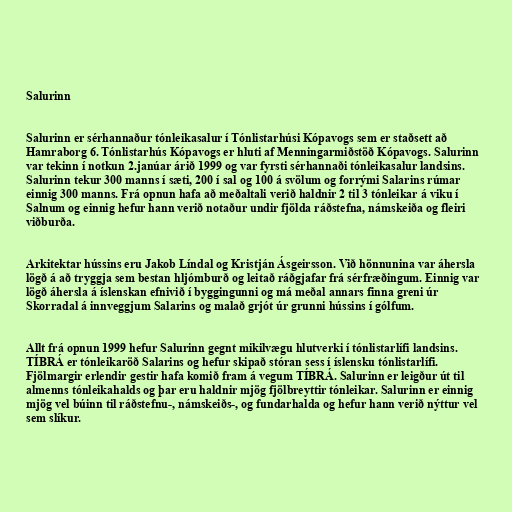
Salurinn

Salurinn er sérhannaður tónleikasalur í Tónlistarhúsi Kópavogs sem er staðsett að
Hamraborg 6. Tónlistarhús Kópavogs er hluti af Menningarmiðstöð Kópavogs. Salurinn
var tekinn í notkun 2.janúar árið 1999 og var fyrsti sérhannaði tónleikasalur landsins.
Salurinn tekur 300 manns í sæti, 200 í sal og 100 á svölum og forrými Salarins rúmar
einnig 300 manns. Frá opnun hafa að meðaltali verið haldnir 2 til 3 tónleikar á viku í
Salnum og einnig hefur hann verið notaður undir fjölda ráðstefna, námskeiða og fleiri
viðburða.

Arkitektar hússins eru Jakob Líndal og Kristján Ásgeirsson. Við hönnunina var áhersla
lögð á að tryggja sem bestan hljómburð og leitað ráðgjafar frá sérfræðingum. Einnig var
lögð áhersla á íslenskan efnivið í byggingunni og má meðal annars finna greni úr
Skorradal á innveggjum Salarins og malað grjót úr grunni hússins í gólfum.

Allt frá opnun 1999 hefur Salurinn gegnt mikilvægu hlutverki í tónlistarlífi landsins.
TÍBRÁ er tónleikaröð Salarins og hefur skipað stóran sess í íslensku tónlistarlífi.
Fjölmargir erlendir gestir hafa komið fram á vegum TÍBRÁ. Salurinn er leigður út til
almenns tónleikahalds og þar eru haldnir mjög fjölbreyttir tónleikar. Salurinn er einnig
mjög vel búinn til ráðstefnu-, námskeiðs-, og fundarhalda og hefur hann verið nýttur vel
sem slíkur.